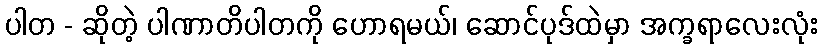
ပါတ - ဆိုတဲ့ ပါဏာတိပါတကို ဟောရမယ်၊ ဆောင်ပုဒ်ထဲမှာ အက္ခရာလေးလုံး